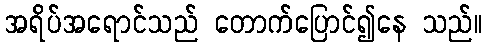
အရိပ်အရောင်သည် တောက်ပြောင်၍နေ သည်။